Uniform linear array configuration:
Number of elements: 64
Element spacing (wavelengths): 0.75
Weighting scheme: exponential
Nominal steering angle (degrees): -15
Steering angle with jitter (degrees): -13.618
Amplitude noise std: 0.05
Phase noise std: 0.05

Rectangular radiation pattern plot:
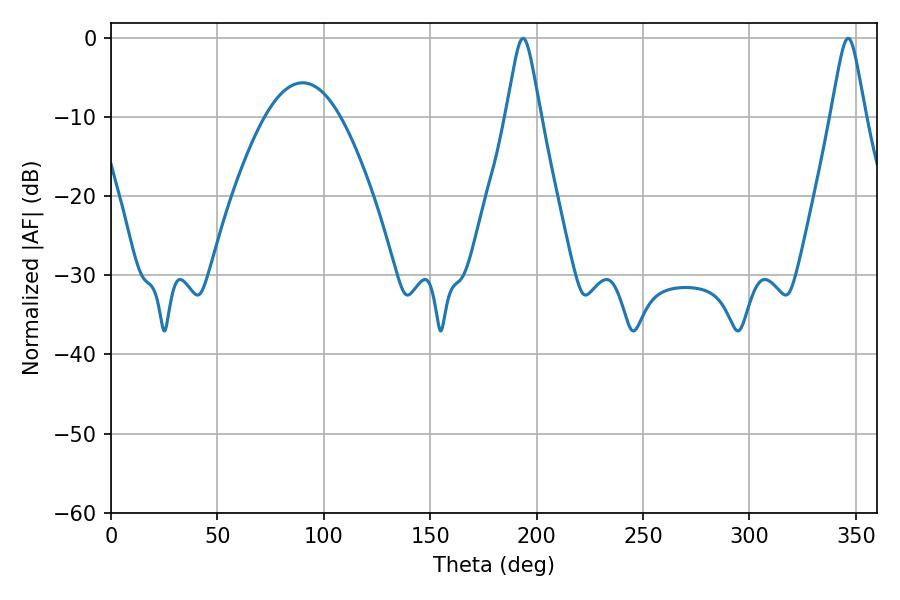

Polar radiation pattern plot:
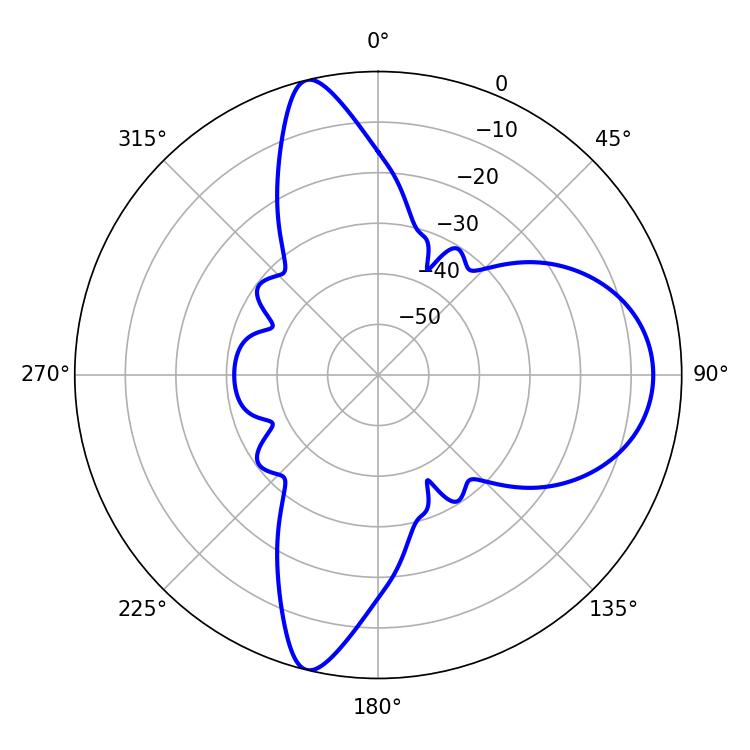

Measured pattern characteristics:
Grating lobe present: TRUE
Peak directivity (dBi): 14.481
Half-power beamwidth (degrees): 7.74
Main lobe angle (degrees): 346.32